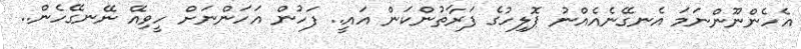
އެހެންނޫންނަމަ އެނގޭނެއެއްނު ޕޮލިހުގެ ފަރާތުންކަން އައީ.. ފަހުން އަހަންނަށް ހީވިއޭ ނޭނގޭހެން..